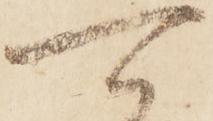
可